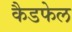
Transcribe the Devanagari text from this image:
कैडफेल